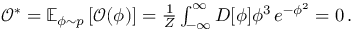
\begin{array} { r } { \mathcal { O } ^ { * } = \mathbb { E } _ { \phi \sim p } \left[ \mathcal { O } ( \phi ) \right] = \frac { 1 } { Z } \int _ { - \infty } ^ { \infty } D [ \phi ] \phi ^ { 3 } \, e ^ { - \phi ^ { 2 } } = 0 \, . } \end{array}